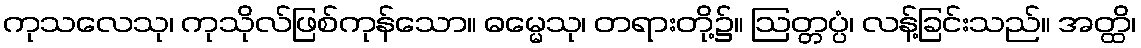
ကုသလေသု၊ ကုသိုလ်ဖြစ်ကုန်သော။ ဓမ္မေသု၊ တရားတို့၌။ ဩတ္တပ္ပံ၊ လန့်ခြင်းသည်။ အတ္ထိ၊